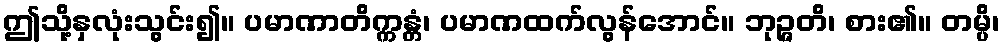
ဤသို့နှလုံးသွင်း၍။ ပမာဏာတိက္ကန္တံ၊ ပမာဏထက်လွန်အောင်။ ဘုဉ္ဇတိ၊ စား၏။ တမ္ပိ၊